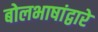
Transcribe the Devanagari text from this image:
बोलभाषांद्वारे